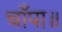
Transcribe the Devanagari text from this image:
चाँपा॥